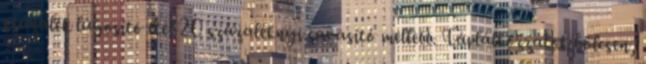
százalék lúgosító étel 20 százaléknyi savasító mellett. Táplálkozzatok bölcsen,